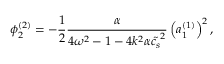
\phi _ { 2 } ^ { ( 2 ) } = - \frac { 1 } { 2 } \frac { \alpha } { 4 \omega ^ { 2 } - 1 - 4 k ^ { 2 } \alpha \tilde { c _ { s } } ^ { 2 } } \left( a _ { 1 } ^ { ( 1 ) } \right) ^ { 2 } ,